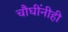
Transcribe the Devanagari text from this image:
चौघींनीही